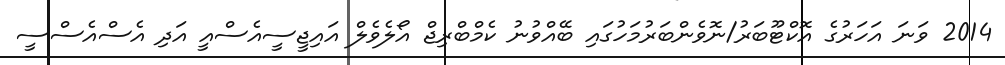
2014 ވަނަ އަހަރުގެ އޮކްޓޫބަރު/ނޮވެންބަރުމަހުގައި ބޭއްވުނު ކެމްބްރިޖް އޯލެވެލް އައިޖީސީއެސްއީ އަދި އެސްއެސްސީ